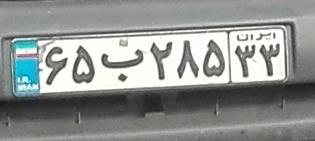
۶۵ب۲۸۵۳۳